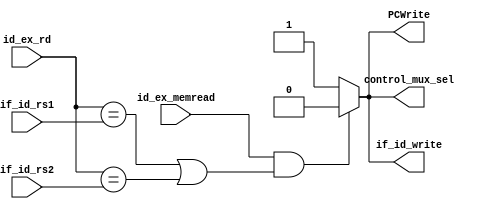
module Hazard_Detection
(
	input id_ex_memread,
	input[4:0] id_ex_rd, if_id_rs1, if_id_rs2,
	output reg PCWrite, if_id_write, control_mux_sel
);
	
	initial 
	begin
		PCWrite = 1'b1;
		if_id_write = 1'b1;
		control_mux_sel = 1'b1;
	end
	

	always @ (*)
	begin
		if ((id_ex_memread) && ((id_ex_rd == if_id_rs1) ||  (id_ex_rd == if_id_rs2)))
		begin
			PCWrite = 1'b0;
			if_id_write = 1'b0;
			control_mux_sel = 1'b0;
		end
	    
	    else
		begin
			PCWrite = 1'b1;
			if_id_write = 1'b1;
			control_mux_sel = 1'b1;
		end
	end
endmodule